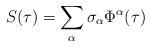
LaTeX: \begin{align*}S(\tau) = \sum_{\alpha} \sigma_{\alpha} \Phi^{\alpha} (\tau)\end{align*}